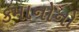
કમાનોનો